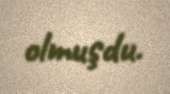
olmuşdu.